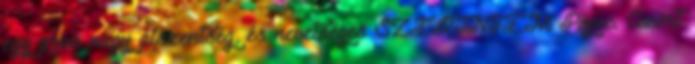
egy qrva nagy álszentség, és nevetséges SZERINTEM Pöpec. Azért